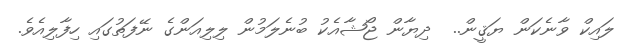
ލައިކް ވާނެކަން ޔަޤީން..  ދިޔާން ޖޯޝާއެކު ބުނެލަމުން ލިލިއަންގެ ނޭފަތުގައި ހިފާލިއެވެ.